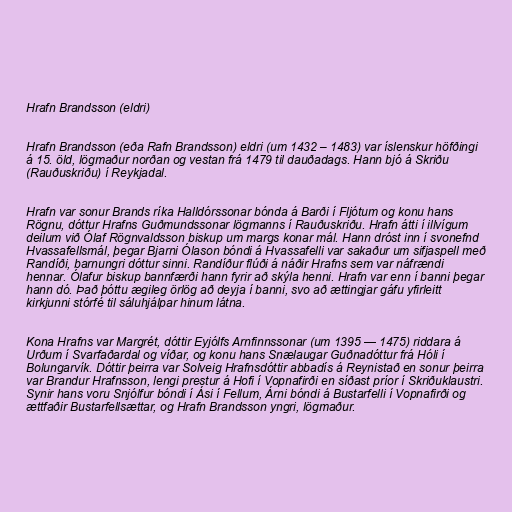
Hrafn Brandsson (eldri)

Hrafn Brandsson (eða Rafn Brandsson) eldri (um 1432 – 1483) var íslenskur höfðingi
á 15. öld, lögmaður norðan og vestan frá 1479 til dauðadags. Hann bjó á Skriðu
(Rauðuskriðu) í Reykjadal.

Hrafn var sonur Brands ríka Halldórssonar bónda á Barði í Fljótum og konu hans
Rögnu, dóttur Hrafns Guðmundssonar lögmanns í Rauðuskriðu. Hrafn átti í illvígum
deilum við Ólaf Rögnvaldsson biskup um margs konar mál. Hann dróst inn í svonefnd
Hvassafellsmál, þegar Bjarni Ólason bóndi á Hvassafelli var sakaður um sifjaspell með
Randíði, barnungri dóttur sinni. Randíður flúði á náðir Hrafns sem var náfrændi
hennar. Ólafur biskup bannfærði hann fyrir að skýla henni. Hrafn var enn í banni þegar
hann dó. Það þóttu ægileg örlög að deyja í banni, svo að ættingjar gáfu yfirleitt
kirkjunni stórfé til sáluhjálpar hinum látna.

Kona Hrafns var Margrét, dóttir Eyjólfs Arnfinnssonar (um 1395 — 1475) riddara á
Urðum í Svarfaðardal og víðar, og konu hans Snælaugar Guðnadóttur frá Hóli í
Bolungarvík. Dóttir þeirra var Solveig Hrafnsdóttir abbadís á Reynistað en sonur þeirra
var Brandur Hrafnsson, lengi prestur á Hofi í Vopnafirði en síðast príor í Skriðuklaustri.
Synir hans voru Snjólfur bóndi í Ási í Fellum, Árni bóndi á Bustarfelli í Vopnafirði og
ættfaðir Bustarfellsættar, og Hrafn Brandsson yngri, lögmaður.